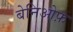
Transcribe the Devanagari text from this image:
बेनिओफ़